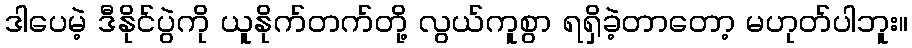
ဒါပေမဲ့ ဒီနိုင်ပွဲကို ယူနိုက်တက်တို့ လွယ်ကူစွာ ရရှိခဲ့တာတော့ မဟုတ်ပါဘူး။